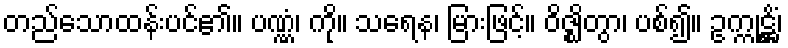
တည်သောထန်းပင်၏။ ပဏ္ဏံ၊ ကို။ သရေန၊ မြားဖြင့်။ ဝိဇ္ဈိတွာ၊ ပစ်၍။ ဥက္ကုဋ္ဌိံ၊